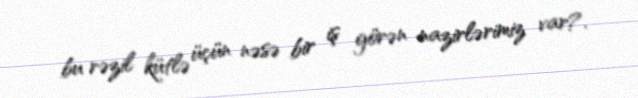
bu rəzil kütlə üçün nəsə bir iş görən nazirlərimiz var?.